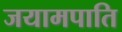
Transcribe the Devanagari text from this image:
जयामपाति